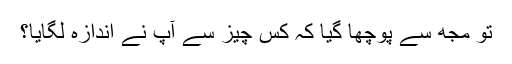
تو مجھ سے پوچھا گیا کہ کس چیز سے آپ نے اندازہ لگایا؟